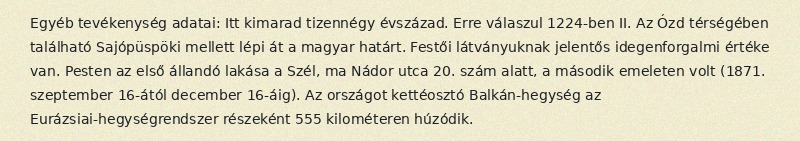
Egyéb tevékenység adatai: Itt kimarad tizennégy évszázad. Erre válaszul 1224-ben II. Az Ózd térségében található Sajópüspöki mellett lépi át a magyar határt. Festői látványuknak jelentős idegenforgalmi értéke van. Pesten az első állandó lakása a Szél, ma Nádor utca 20. szám alatt, a második emeleten volt (1871. szeptember 16-ától december 16-áig). Az országot kettéosztó Balkán-hegység az Eurázsiai-hegységrendszer részeként 555 kilométeren húzódik.